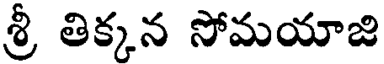
శ్రీ తిక్కన సోమయాజి